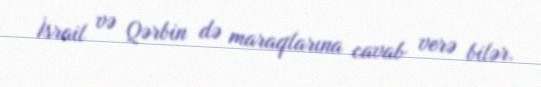
İsrail və Qərbin də maraqlarına cavab verə bilər.